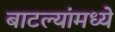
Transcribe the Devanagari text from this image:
बाटल्यांमध्ये